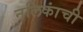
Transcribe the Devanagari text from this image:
नलिकांची